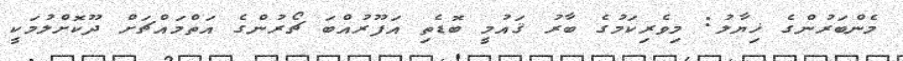
މެންބަރުންގެ ޚިޔާލު: މިވެރިކަމުގެ ބާރު ޤައުމީ ބޮޑެތި އަފޫރުއްބަ ޗޯރުންގެ އަތްމައްޗަށް ދޫކޮށްލުމަކީ